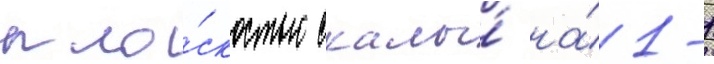
пло́скостью скалы́ на́ 1-1